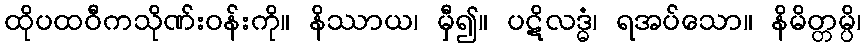
ထိုပထဝီကသိုဏ်းဝန်းကို။ နိဿာယ၊ မှီ၍။ ပဋိလဒ္ဓံ၊ ရအပ်သော။ နိမိတ္တမ္ပိ၊